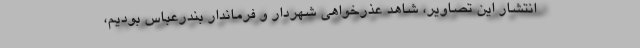
انتشار اين تصاوير، شاهد عذرخواهي شهردار و فرماندار بندرعباس بوديم،